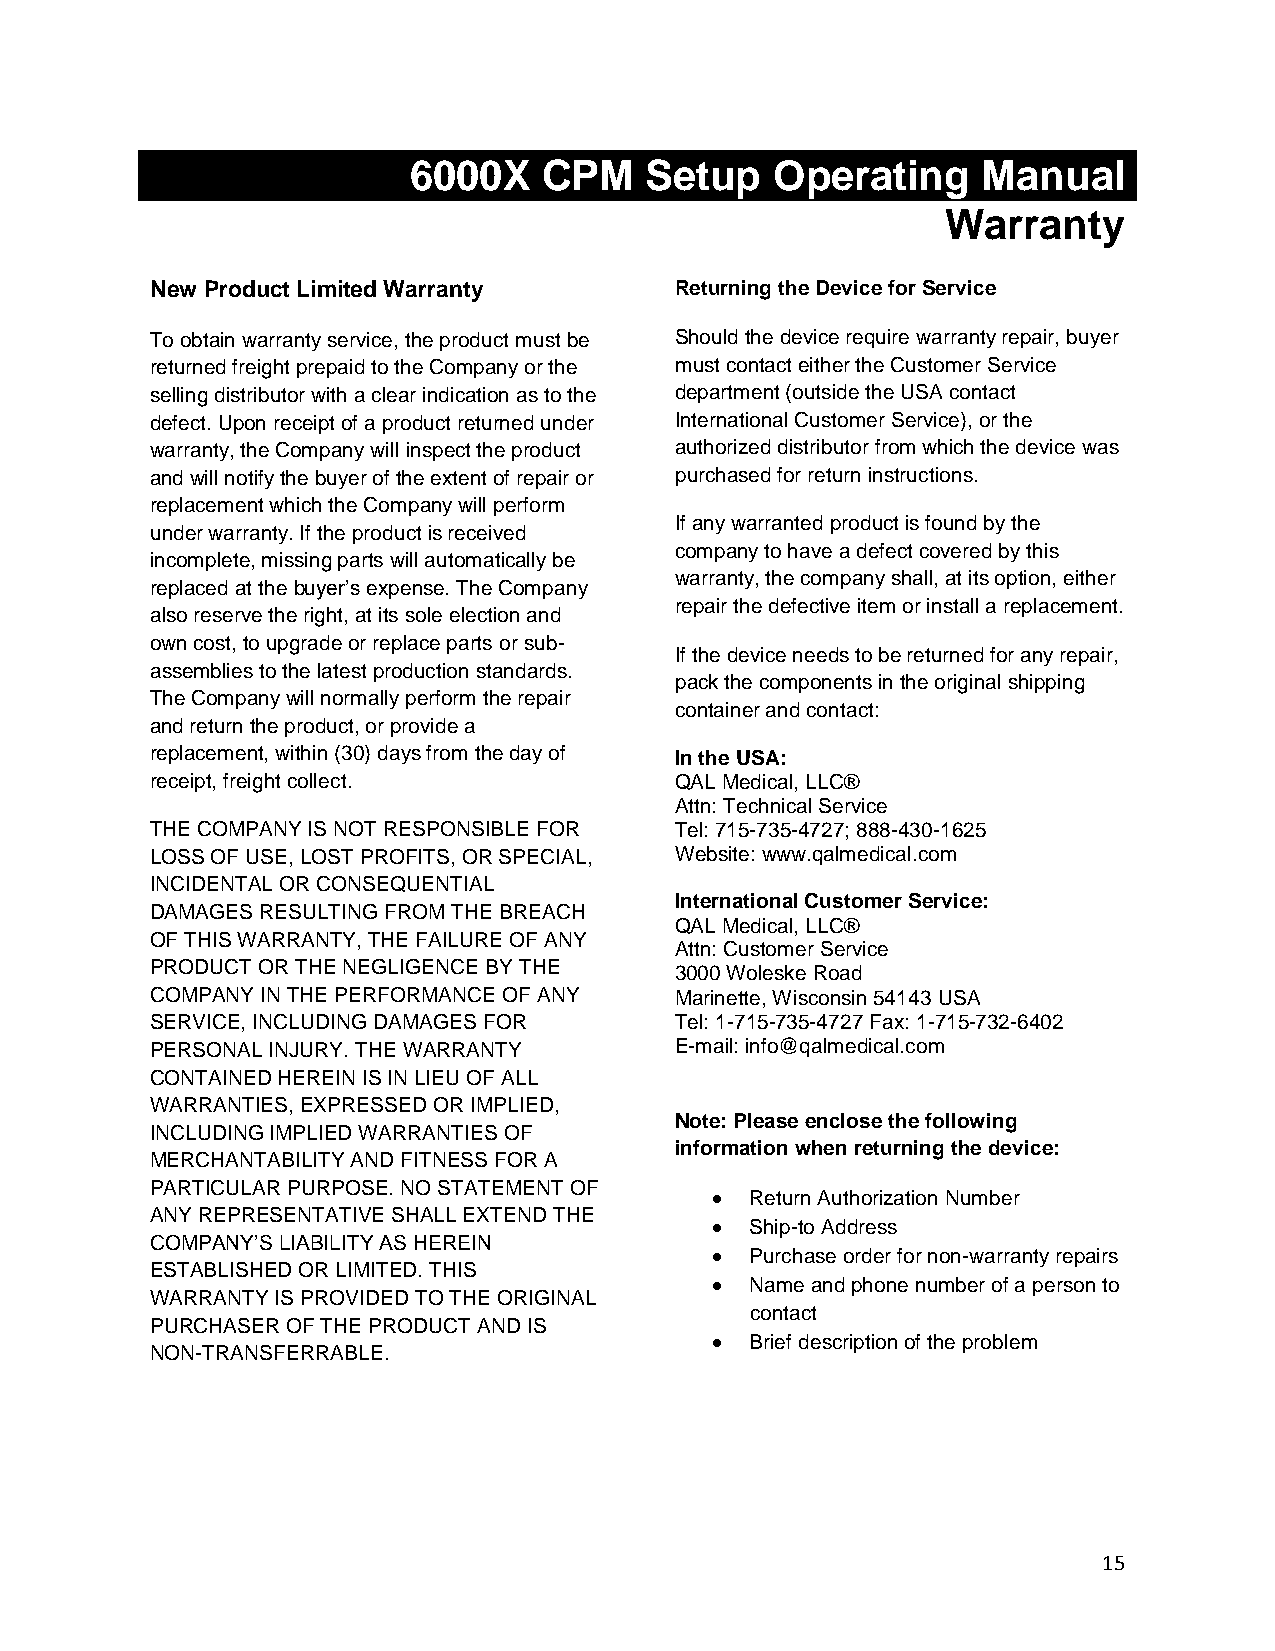
6000X    CPM    Setup   Operating     Manual
 Warranty
 New Product Limited Warranty       Returning the Device for Service
 To obtain warranty service, the product must be Should the device require warranty repair, buyer
 returned freight prepaid to the Company or the must contact either the Customer Service
 selling distributor with a clear indication as to the department (outside the USA contact
 defect. Upon receipt of a product returned under International Customer Service), or the
 warranty, the Company will inspect the product authorized distributor from which the device was
 and will notify the buyer of the extent of repair or purchased for return instructions.
 replacement which the Company will perform
 If any warranted product is found by the
 under warranty. If the product is received
 company to have a defect covered by this
 incomplete, missing parts will automatically be
 warranty, the company shall, at its option, either
 replaced at the buyer’s expense. The Company
 repair the defective item or install a replacement.
 also reserve the right, at its sole election and
 own cost, to upgrade or replace parts or sub-
 If the device needs to be returned for any repair,
 assemblies to the latest production standards.
 pack the components in the original shipping
 The Company will normally perform the repair
 container and contact:
 and return the product, or provide a
 replacement, within (30) days from the day of In the USA:
 receipt, freight collect.          QAL Medical, LLC®
 Attn: Technical Service
 THE COMPANY IS NOT RESPONSIBLE FOR Tel: 715-735-4727; 888-430-1625
 LOSS OF USE, LOST PROFITS, OR SPECIAL, Website: www.qalmedical.com
 INCIDENTAL OR CONSEQUENTIAL
 International Customer Service:
 DAMAGES RESULTING FROM THE BREACH
 QAL Medical, LLC®
 OF THIS WARRANTY, THE FAILURE OF ANY
 Attn: Customer Service
 PRODUCT OR THE NEGLIGENCE BY THE   3000 Woleske Road
 COMPANY IN THE PERFORMANCE OF ANY  Marinette, Wisconsin 54143 USA
 SERVICE, INCLUDING DAMAGES FOR     Tel: 1-715-735-4727 Fax: 1-715-732-6402
 PERSONAL INJURY. THE WARRANTY      E-mail: info@qalmedical.com
 CONTAINED HEREIN IS IN LIEU OF ALL
 WARRANTIES, EXPRESSED OR IMPLIED,
 Note: Please enclose the following
 INCLUDING IMPLIED WARRANTIES OF
 information when returning the device:
 MERCHANTABILITY AND FITNESS FOR A
 PARTICULAR PURPOSE. NO STATEMENT OF
 Return Authorization Number
 ANY REPRESENTATIVE SHALL EXTEND THE
 Ship-to Address
 COMPANY’S LIABILITY AS HEREIN
 Purchase order for non-warranty repairs
 ESTABLISHED OR LIMITED. THIS
 Name and phone number of a person to
 WARRANTY IS PROVIDED TO THE ORIGINAL
 contact
 PURCHASER OF THE PRODUCT AND IS
 Brief description of the problem
 NON-TRANSFERRABLE.
 15